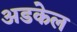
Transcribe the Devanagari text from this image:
अडकेल